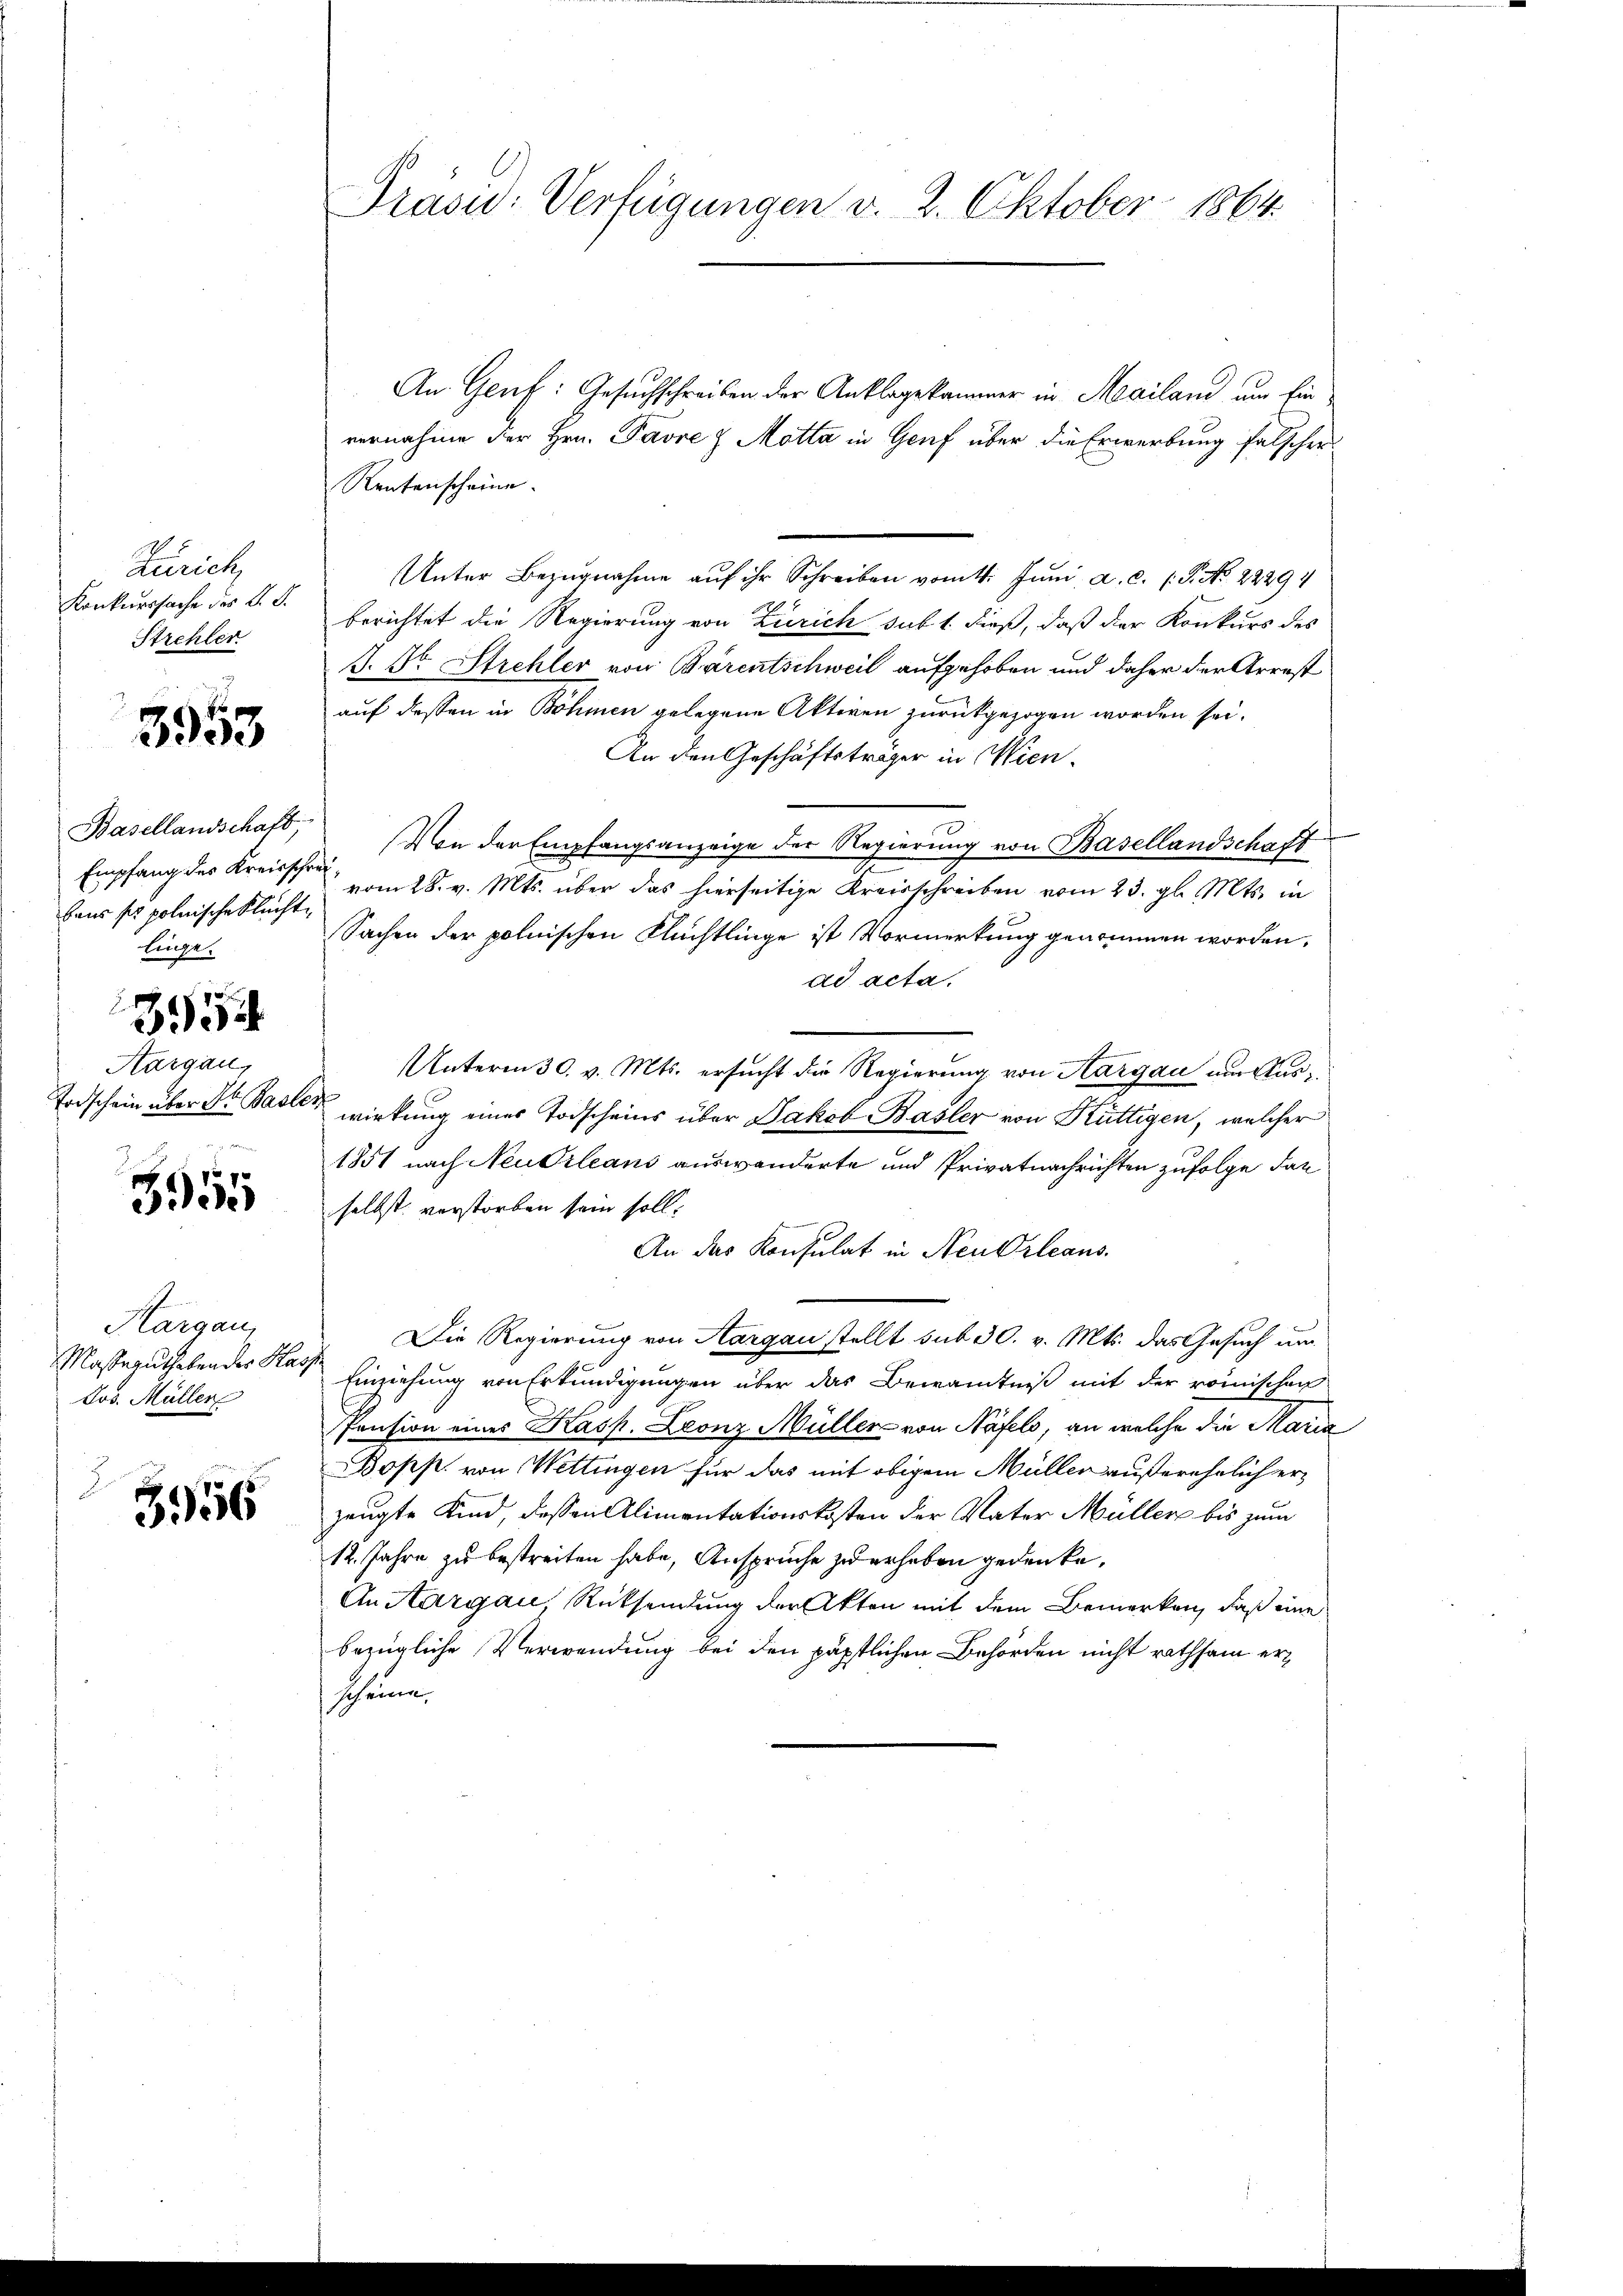
Zürich
Konkurssache des O. S.
Strehler

3953

Basellandschaft,
Empfang des Kreisschreihans ses polnische Fluchte
linge.

34
Aargau,

3555

Margau,
Masserutheben des Has,
Jos. Müller

3956

Präsid. Verfügungen v. 2. Oktober 1864.

An. Genf: Gesuchschreiben der Anklagekammer in Mailand, um Ein
vernahme der Hrn. Pavre & Motta in Genf über die Erwerbung falscher
Rentenscheine
Unter Bezŭgnahme aŭf ihr Schreiben vom 1. Juni a.c. (T. No. 22294
berichtet die Regierung von Zürich sub 1. dieß, daß der Konkurs des
J. Dr. Strehler von Bärentschweil aufgehoben und daher der Arrest
auf dessen in Böhmen gelegene Aktiven zurückgezogen worden sei.
An den Geschäftsträger in Wien.
Von den Empfangsanzeige der Regierung von Basellandschaft
vom 28. v. Mts. über das hierseitige Kreisschreiben vom 23. gl. Mts. in
Sachen der polnischen Flüchtlinge ist Vormerkung genommen worden,
ad acta.
Unterm 30. v. Mts. ersucht die Regierung von Aargau um Aus¬
Todschein über Dr. Basler wirkung eines Todscheins über Jakob Basler von Küttigen, welcher
1851 nach Neudrleans auswanderte und Privatnachrichten zufolge darselbst verstorben sein soll.
An das Konsulat in Neu Orleans
Die Regierung von Aargau stellt sub 30. v. Mts. das Gesuch um
 Einziehung von Erkundigungen über das Bewandtniß mit der römischen
Pension eines Kasp. Leonz Müller von Näfels, an welche die Maria
Bopp. von Wettingen für das mit obigem Müller außerehelich erzeugte Kind, dessen Alimentationskosten der Vater Müller bis zum
12. Jahre zu bestreiten habe, Ansprüche zu erheben gedenke,
An Aargau Rücksendung der Akten mit dem Bemerken, daß eine
bezügliche Verwendung bei den päpstlichen Behörden nicht rathsam erscheine,